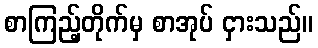
စာကြည့်တိုက်မှ စာအုပ် ငှားသည်။